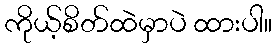
ကိုယ့်စိတ်ထဲမှာပဲ ထားပါ။